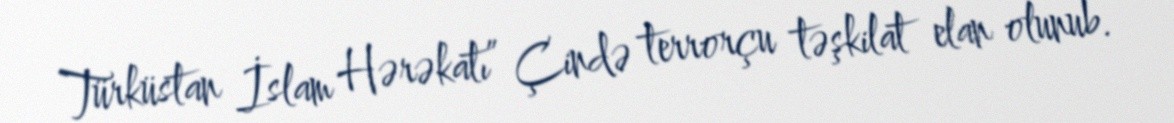
Türküstan İslam Hərəkatı” Çində terrorçu təşkilat elan olunub.